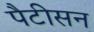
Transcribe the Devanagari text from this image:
पैटीसन